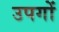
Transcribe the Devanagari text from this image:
उपगों